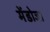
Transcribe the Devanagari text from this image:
मेंडोजा